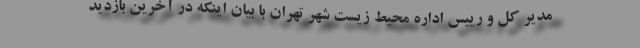
مدیر کل و رییس اداره محیط زیست شهر تهران با بیان اینکه در آخرین بازدید